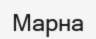
Марна